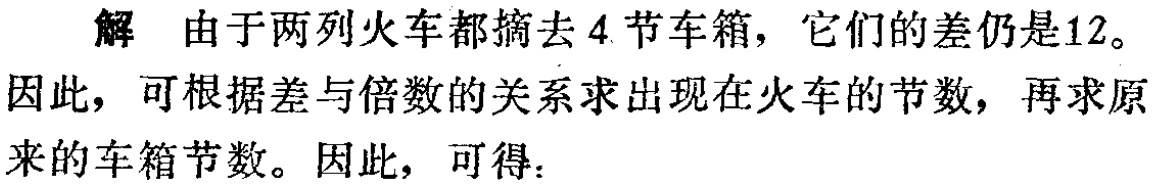
解 由于两列火车都摘去4节车箱，它们的差仍是12。
因此，可根据差与倍数的关系求出现在火车的节数，再求原来的车箱节数。因此，可得：